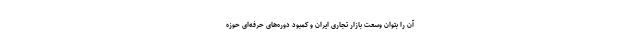
آن را بتوان وسعت بازار تجاری ایران و کمبود دوره‌های حرفه‌ای حوزه